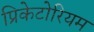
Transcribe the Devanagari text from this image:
प्रिकेटोरियम